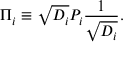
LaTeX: \Pi \sb i \equiv \sqrt { D \sb i } P \sb i { \frac { 1 } { \sqrt { D \sb i } } } .